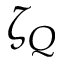
\zeta _ { Q }